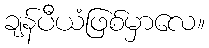
ချန်ပီယံဖြစ်မှာလေ။